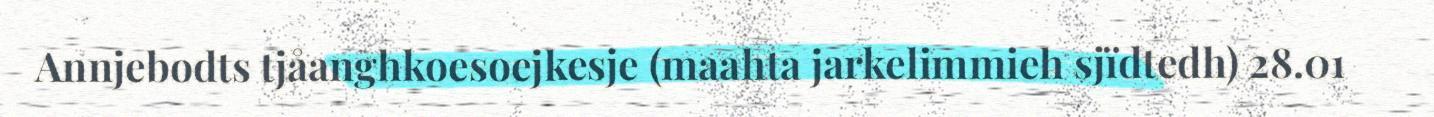
Annjebodts tjåanghkoesoejkesje (maahta jarkelimmieh sjïdtedh) 28.01